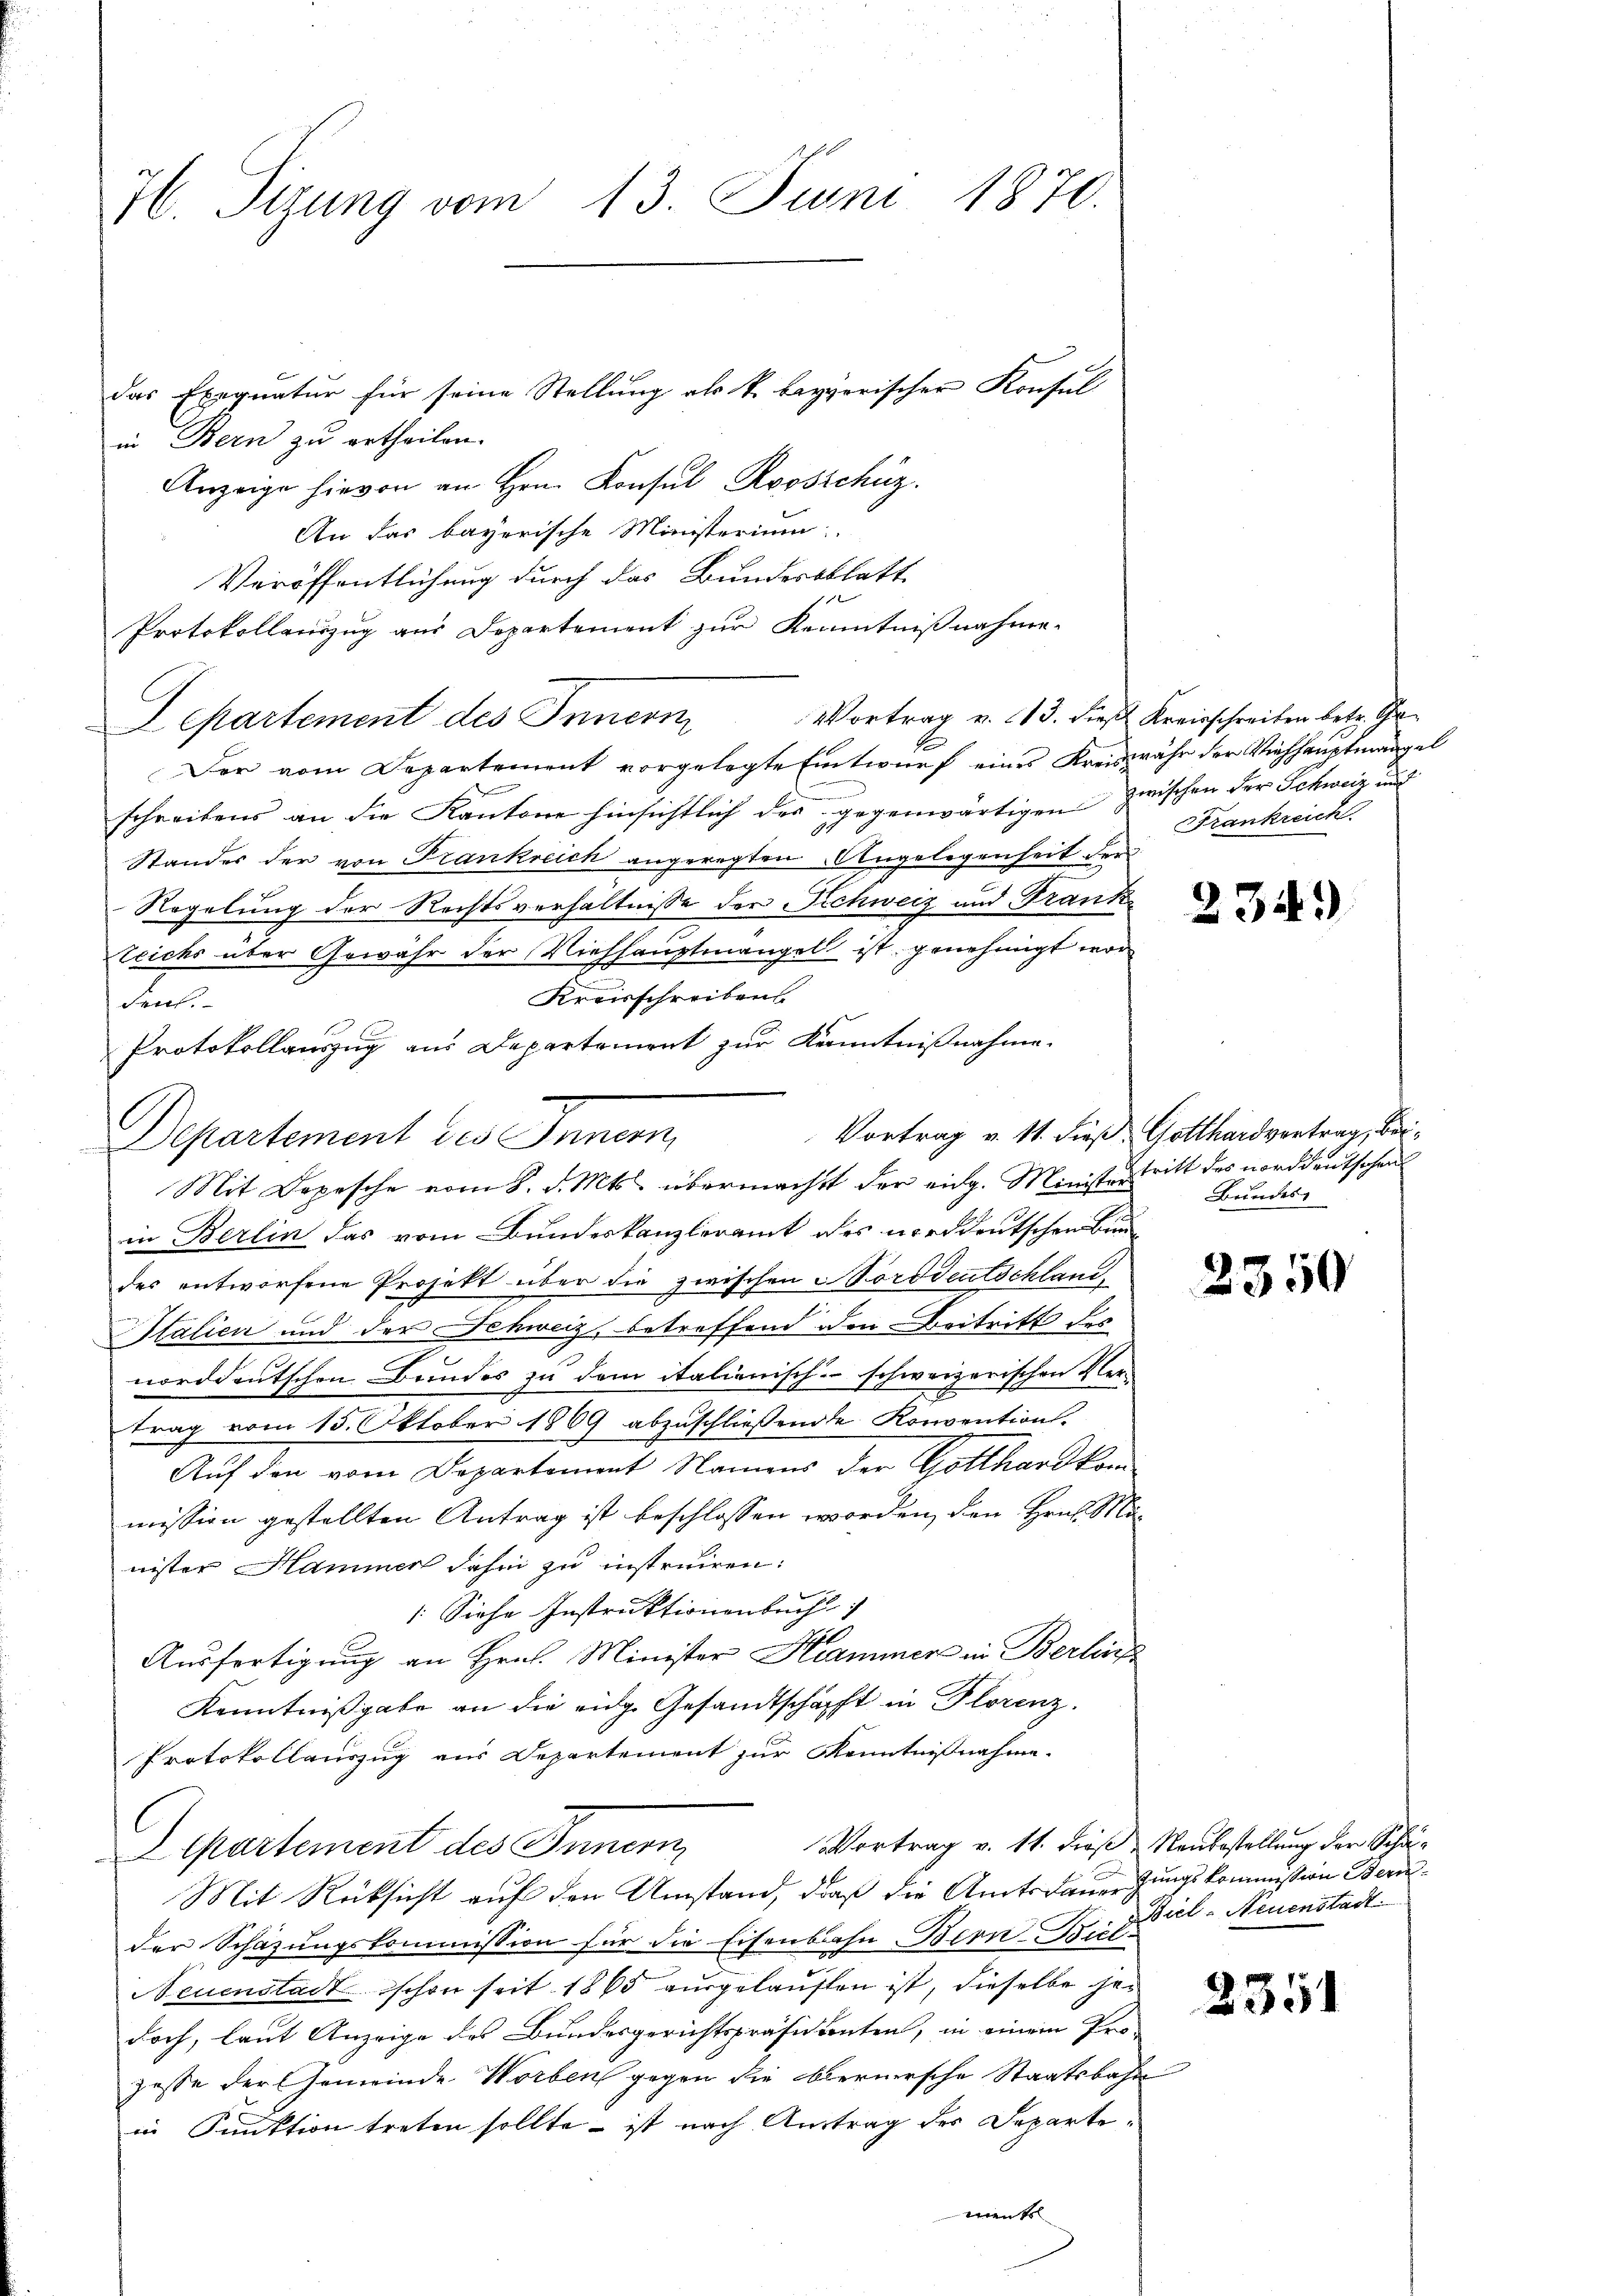
H. Sizung vom 13. Juni 1870.

das Exequatur für seine Stellung als k. bayerischer Konsul
in Bern zu ertheilen.
Anzeige hievon an Hrn. Konsul Roosschüz.
An das bayerische Ministerium
Veröffentlichung durch das Bundesablatt
Protokollenzug aus Departement zur Kenntnißnahme
Departement des Innern
1
Der vom Departement vorgelegte Entwurf eines Kreiswähr der Viehhauptmangel
schreibens an die Kantone hinsichtlich des gegenwärtigen zwischen der Schweiz und
Standes der von Frankreich angeregten Angelegenheit der
Regelung der Rechtsverhältnisse der Schweiz und Trankteichs über Gewähr der Viehhauptmangel ist genehmigt wor¬
Kreisschreiben
eit.
Protokollauszug aus Departement zur Kenntnißnahme.
Departement des Innern,
Mit Depesche vom 8. d. Mts. übermacht der eidg. Minister tritt des norddeutschen
in Berlin das vom Bundeskanzleramt des norddeutschen Bundes entworfene Projekt über die zwischen Norddeutschland,
Halica und der Schweiz, betreffend den Beitritt des
norddeutschen Bundes zu dem italienisch-schweizerischen Ver-
trag vom 15. Oktober 1869 abzuschließende Konvention.
Auf den vom Departement Namens der Gotthardkom
mission gestellten Antrag ist beschlossen worden, den Hrn. Manister Hammen dahin zu instruiren:
1. Siehe Instruktionenbuch
2
Ausfertigung an Hrn. Minister Kammer in Berling
Kenntnißgabe an die eidg. Gesandtschafft in Florenz.
Protokollauszug aus Departement zur Kenntnißnahme.
Vortrag v. 11. dieß, Neubestellung der Schä¬
Departement des Bunden,
2
Mit Rücksicht auf den Umstand, daß die Amtsdauergungskommission Beruder Schazungskommission für die Eisenbahn Bern-Biel
Neuenstadt schon seit 1865 ausgelauften ist, dieselbe jedoch, laut Anzeige des Bundesgerichtspräsidienten, in einem Pro-
zesse der Gemeinde Worben gegen die Obernersche Staatsbahn
in Funktion treten sollte – ist nach Austrag des Departiments

Vortrag v. 13. dieß Kreisschreiben betr. Gra¬
Frankreich

234.

Vortrag v. 11. dieß Gotthardvertrag, bei¬
Brindes

2350

Biel-Neuenstadt

2351